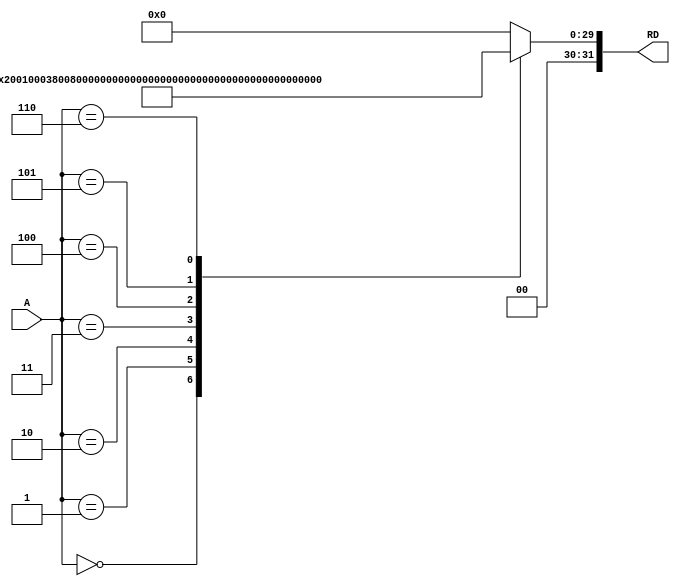
module Instr_Mem( input [7:0]A,
									output reg[31:0]RD);

	always@(*)
	begin
		case(A)
			7'b00000000: 
				RD = 32'b001000_00000_00001_0000000000000011;
			7'b00000001: 
				RD = 32'b00100000000000100000000000001001;
			7'b00000010: 
				RD = 32'b00000000001000100001000000100000;
			7'b00000011: 
				RD = 32'b00000000001000100001100000100100;
			7'b00000100: 
				RD = 32'b00000000001000100010000000100101;
			7'b00000101: 
				RD = 32'b00000000001000100011000000101010;
			7'b00000110: 
				RD = 32'b00000000010000010011100000101010;
			default: 
				RD = 32'b00000000000000000000000000000000;
		endcase
	end

endmodule